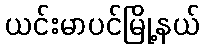
ယင်းမာပင်မြို့နယ်